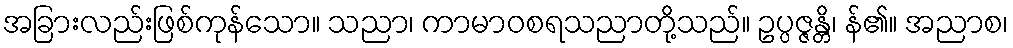
အခြားလည်းဖြစ်ကုန်သော။ သညာ၊ ကာမာဝစရသညာတို့သည်။ ဥပ္ပဇ္ဇန္တိ၊ န်၏။ အညာစ၊